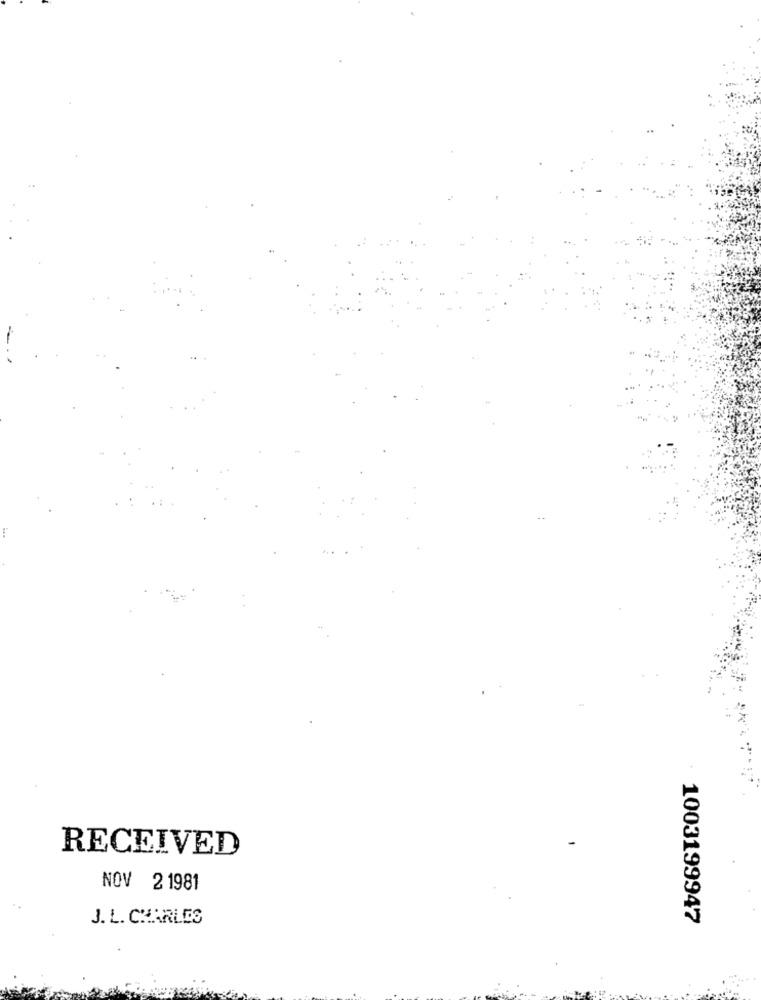
-
RECEIVED
NOV 2 1981
J. L. CHARLES
1003199947